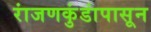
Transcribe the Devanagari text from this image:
रांजणकुंडांपासून